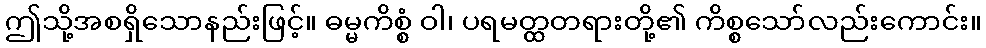
ဤသို့အစရှိသောနည်းဖြင့်။ ဓမ္မကိစ္စံ ဝါ၊ ပရမတ္ထတရားတို့၏ ကိစ္စသော်လည်းကောင်း။